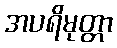
အပရိမုတ္တာ